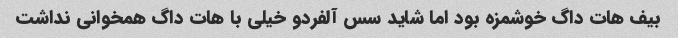
بیف هات داگ خوشمزه بود اما شاید سس آلفردو خیلی با هات داگ همخوانی نداشت